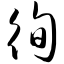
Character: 徇